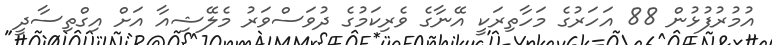
އުމުރުފުޅުން 88 އަހަރުގެ މަހާތިރަކީ އޭނާގެ ވެރިކަމުގެ ދުވަސްވަރު މެލޭޝިއާ އަށް އިގްތިސާދީ